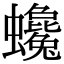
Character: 𧕃